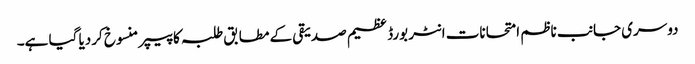
‎دوسری جانب ناظم امتحانات انٹر بورڈ عظیم صدیقی کے مطابق طلبہ کا پیپر منسوخ کردیا گیا ہے۔